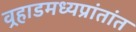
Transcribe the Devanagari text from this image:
वर्‍हाडमध्यप्रांतांत